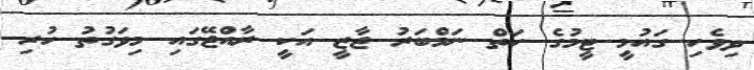
ދިވެހި ގައުމީ ޓީމުގެ ހަތް ނަމްބަރު ޖާޒީ އަކީ ރާއްޖޭގައި މިވަގުތު ހުރި